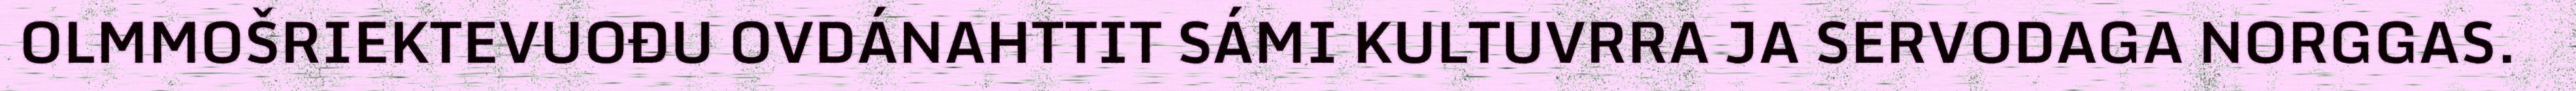
OLMMOŠRIEKTEVUOĐU OVDÁNAHTTIT SÁMI KULTUVRRA JA SERVODAGA NORGGAS.